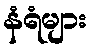
နံရံများ